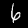
Digit: 6